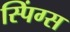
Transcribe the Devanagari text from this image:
स्पिंग्स